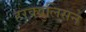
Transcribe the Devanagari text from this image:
हरक्युलिसने